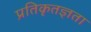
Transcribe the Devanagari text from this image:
प्रतिकृतज्ञता